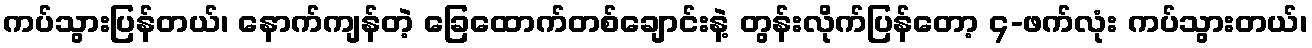
ကပ်သွားပြန်တယ်၊ နောက်ကျန်တဲ့ ခြေထောက်တစ်ချောင်းနဲ့ တွန်းလိုက်ပြန်တော့ ၄-ဖက်လုံး ကပ်သွားတယ်၊